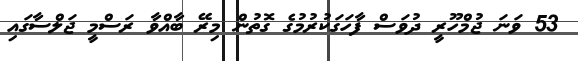
53 ވަނަ ޖުމްހޫރީ ދުވަސް ފާހަގަކުރުމުގެ ގޮތުން މިރޭ ބާއްވާ ރަސްމީ ޖަލްސާގައި